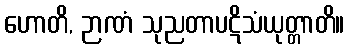
ဟောတိ, ဉာဏံ သုညတာပဋိသံယုတ္တာတိ။